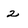
Character: 2